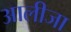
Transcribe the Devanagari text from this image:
आलीजा